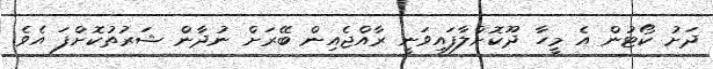
ދަށު ކޯޓުން އެ މީހާ ދޫކޮށްލާފައިވަނީ ރާއްޖެއިން ބޭރަށް ނުދާން ޝަރުތުކޮށްފަ އެވެ.